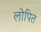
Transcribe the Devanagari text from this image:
लोपित